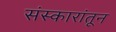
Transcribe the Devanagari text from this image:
संस्कारांतून